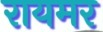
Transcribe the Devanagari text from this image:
रायमर